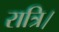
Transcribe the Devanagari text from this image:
रात्रि।